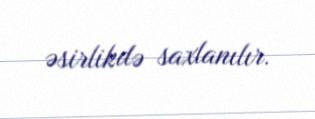
əsirlikdə saxlanılır.